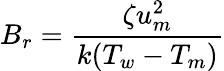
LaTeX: B_{r}=\frac{\zeta u_{m}^{2}}{k(T_{w}-T_{m})}